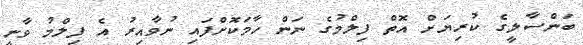
ބަންސާލީގެ ކުރިޔަށް އޮތް ފިލްމުގެ ނަން ހާމަކޮށްފައި ނުވާއިރު އެ ފިލްމު ވާނީ